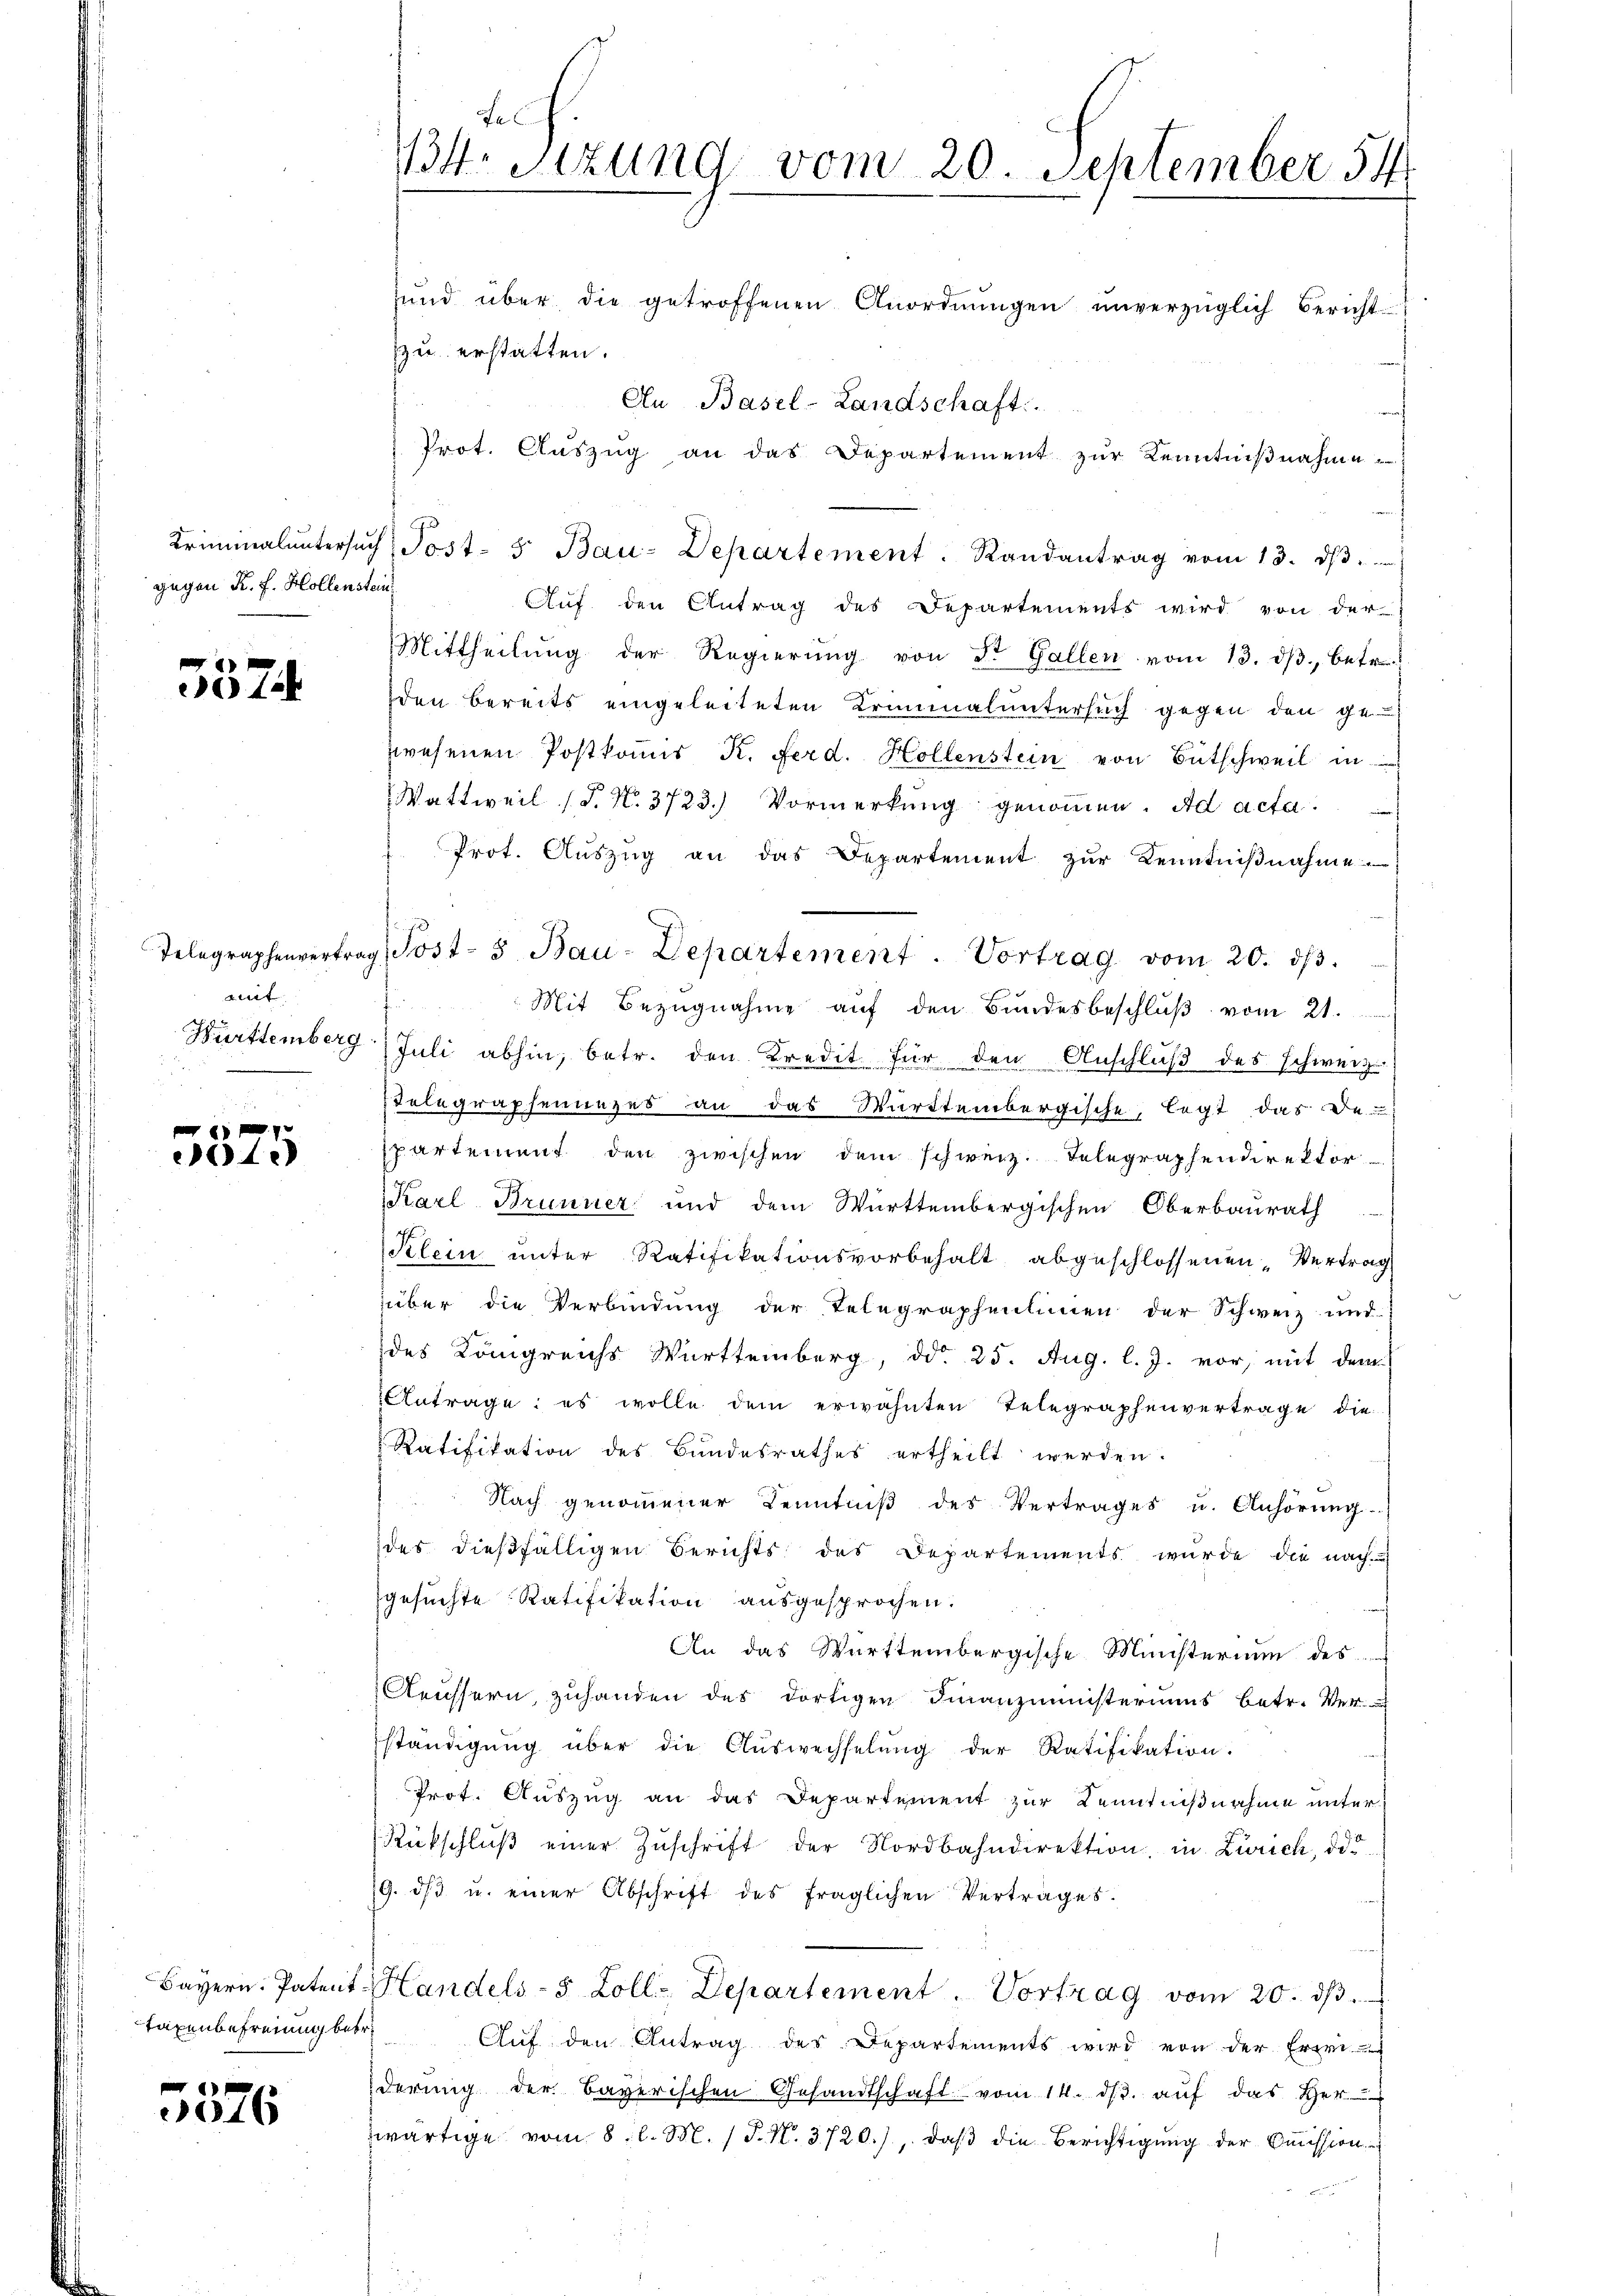
gegen R. F. Hollenstein

5574

ait

7
1.)

Taxenbefreiung betr.

5576

ŭnd über die getroffenen Anordnŭngen ŭnverzüglich Bericht-
zu erstatten.
An Basel-Landschaft
Prot. Aŭszŭg an das Departement zŭr Kenntniβnahme
Kriminaluntersŭch, Post- 5 Bau-Departement. Randantrag vom 13. d.
Auf den Antrag des Departements wird von der
Mittheilŭng der Regierŭng von Dr. Gallen vom 13. dβ, betr.
den bereits eingeleiteten Kriminaluntersuch gegen den ge-
wesenen Postkomis K. Ferd. Hollenstein von Bütschweil in
Wattweil (T. N. 3723.) Vormerkŭng genommen. Ad acta.
Prot. Auszug an das Departement zur Kenntniβnahme
Telegraphenvertrag Post-3 Bau-Departement. Vortrag vom 20. dβ.
Mit Bezugnahme auf den Bundesbeschluß vom 21.
Württemberg (Juli abhin, betr. den Kredit für den Anschluß des Schweiz.
Telegraphenanzes an das Württembergische, legt das Den
partement den zwischen dem schweiz. Telegraphendirektor
Karl Brunner und dem Württembergischen Oberbaurath
Klein unter Ratifikationsvorbehalt abgeschlossenen Vertrag
über die Verbindung der Telegraphenlinien der Schweiz und
des Königreichs Württemberg, ddo 25. Aug. l. J. vor, mit dem
Antrage: es wolle dem erwähnten Telegraphenvertrage die
Ratifikation des Bundesrathes ertheilt werden.
Nach genommener Kenntniß des Vertrages u. Anhörung
des dießfälligen Berichts des Departements wurde die nach
gesuchte Ratifikation ausgesprochen:
An das Württembergische Ministerium des
Aeussern, zuhanden des dortigen Finanzministeriums betr. Ver
ständigŭng über die Aŭswechselŭng der Ratifikation.
Prot. Auszug an das Departement zur Kenntnißnahme unter¬
Rückschluß einer Zuschrift der Nordbahndirektion, in Zürich, das
19. dβ u. einer Abschrift des fraglichen Vertrages.
Bayern. Patent Handels- 5 Zoll-Departement. Vortrag vom 20. dβ
Aŭf den Antrag des Departements wird von der Erwi
derŭng der Bayerischen Gesandtschaft vom 14. dβ aŭf das Her
zwärtige vom 8. l. M. / P. N. 3720.), daβ die Berichtigŭng der Oṁission

Fa
14. Stzung vom 20. September 54